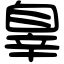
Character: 辠